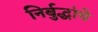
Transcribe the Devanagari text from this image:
निर्बुद्धांचे